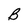
Character: B